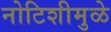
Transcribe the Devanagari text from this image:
नोटिशीमुळे